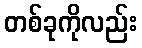
တစ်ခုကိုလည်း